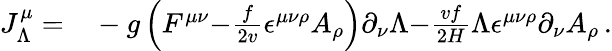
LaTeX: \begin{array}{rl}{J_{\Lambda}^{\mu}=}&{{}-g\left(F^{\mu\nu}{-}\frac{f}{2v}\epsilon^{\mu\nu\rho}A_{\rho}\right)\partial_{\nu}\Lambda{-}\frac{vf}{2H}\Lambda\epsilon^{\mu\nu\rho}\partial_{\nu}A_{\rho}\, .}\end{array}